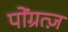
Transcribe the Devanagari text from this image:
पोंग्रत्ज़